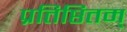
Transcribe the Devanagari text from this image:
प्रतिष्ठितम्